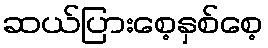
ဆယ်ပြားစေ့နှစ်စေ့